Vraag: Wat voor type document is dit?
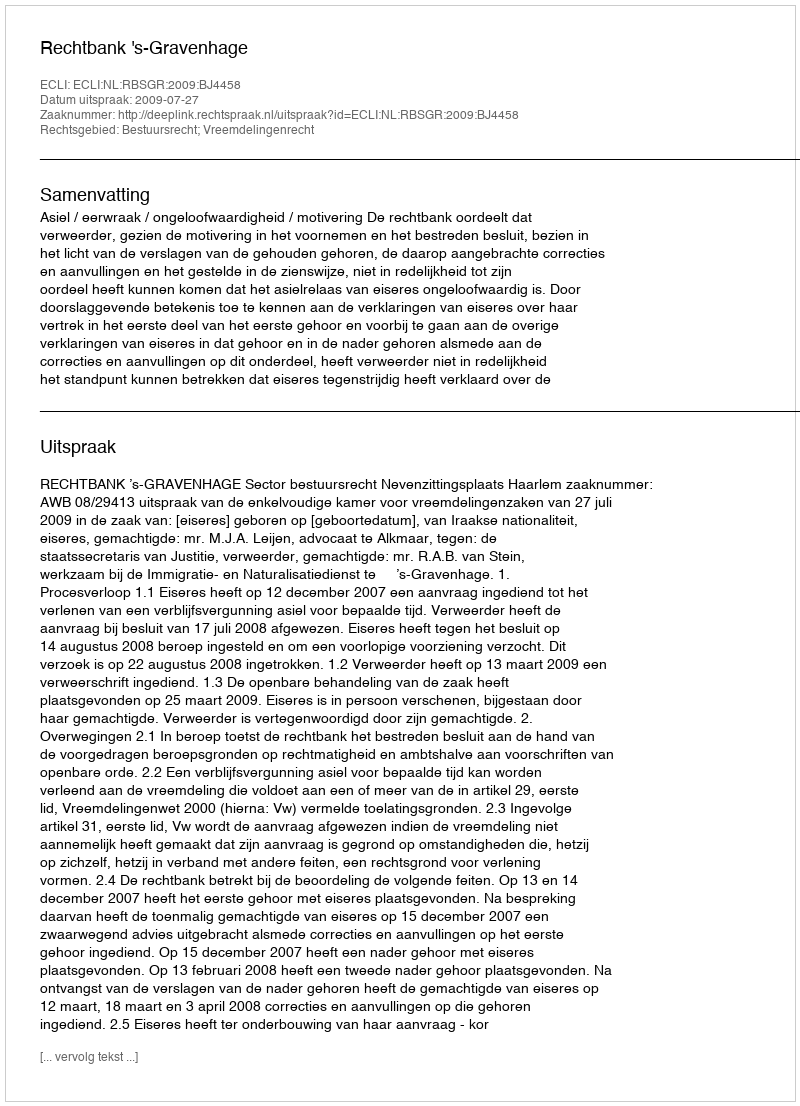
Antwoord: Uitspraak